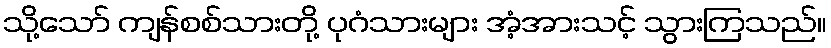
သို့သော် ကျန်စစ်သားတို့ ပုဂံသားများ အံ့အားသင့် သွားကြသည်။